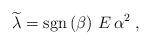
LaTeX: \begin{align*}\widetilde{\lambda} = {\rm sgn} \left( \beta \right)\, E \, \alpha^{2}\; ,\end{align*}